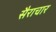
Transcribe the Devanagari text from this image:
सैराचार